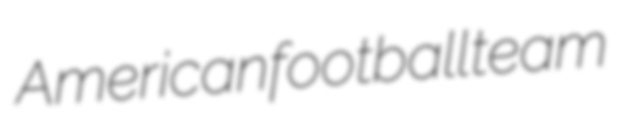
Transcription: American football team